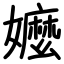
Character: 嬤